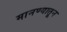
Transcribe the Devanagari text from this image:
मानण्यातून